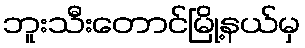
ဘူးသီးတောင်မြို့နယ်မှ